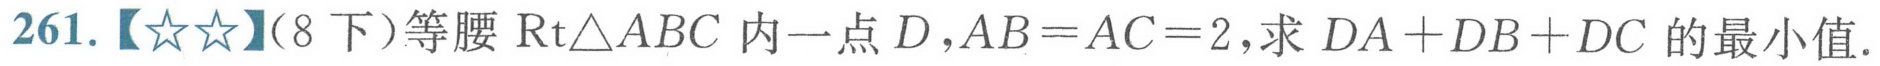
261.【☆☆】（8下）等腰\(\text{Rt}\triangle ABC\)内一点\(D\)，\(AB = AC = 2\)，求 \(DA + DB + DC\) 的最小值.